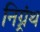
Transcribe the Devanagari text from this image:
निग्र्रंथ